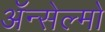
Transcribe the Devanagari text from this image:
ॲन्सेल्मो